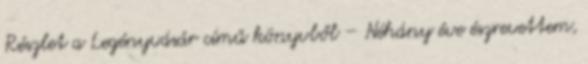
Részlet a Legényvásár című könyvből – Néhány éve észrevettem,